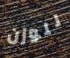
للوزن